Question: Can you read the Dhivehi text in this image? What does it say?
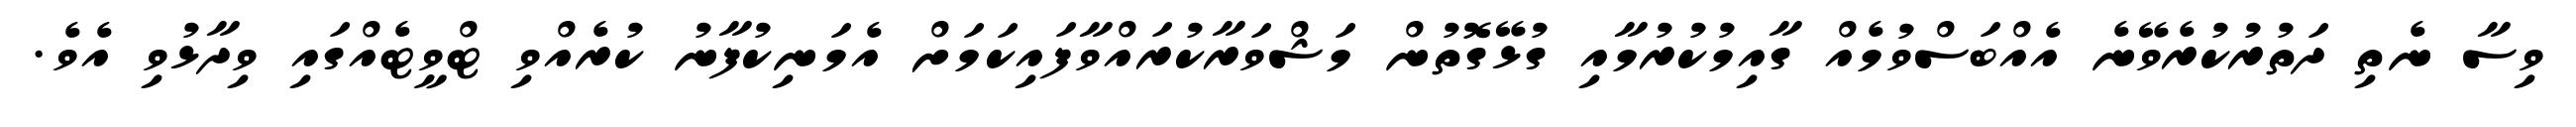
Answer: ވިސާ ނެތި ދަތުރުކުރެވޭނެ އެއްބަސްވުމެއް ގާއިމުކުރުމާއި ގުޅޭގޮތުން މަޝްވަރާކުރައްވާފައިކަމަށް އެމަނިކުފާނު ކުރެއްވި ޓްވީޓެއްގައި ވިދާޅުވި އެވެ.